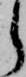
ら